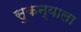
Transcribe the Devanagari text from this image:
सुकन्याला